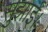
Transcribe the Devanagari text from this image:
सुझाई।